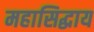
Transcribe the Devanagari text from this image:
महासिद्धाय